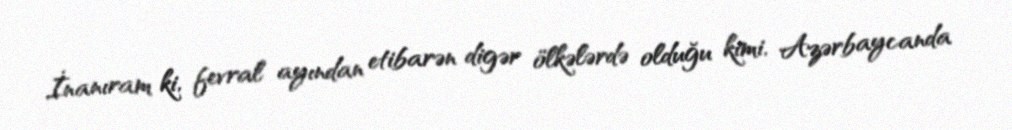
İnanıram ki, fevral ayından etibarən digər ölkələrdə olduğu kimi, Azərbaycanda